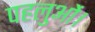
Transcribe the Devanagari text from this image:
पहलुओं।